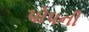
પોપની